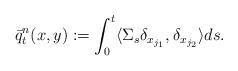
LaTeX: \begin{align*} \bar q_t^n(x,y):= \int_0^t\langle\Sigma_s \delta_{x_{j_1}},\delta_{x_{j_2}}\rangle ds.\end{align*}